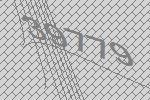
39779